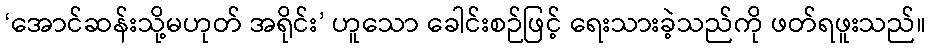
‘အောင်ဆန်းသို့မဟုတ် အရိုင်း’ ဟူသော ခေါင်းစဉ်ဖြင့် ရေးသားခဲ့သည်ကို ဖတ်ရဖူးသည်။